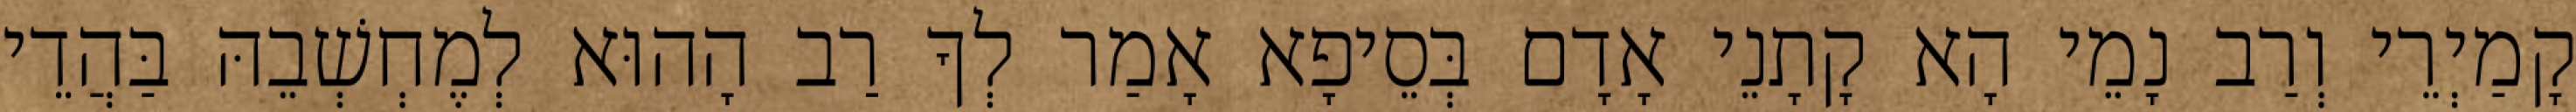
קָמַיְרֵי וְרַב נָמֵי הָא קָתָנֵי אָדָם בְּסֵיפָא אָמַר לְךָ רַב הָהוּא לְמֶחְשְׁבֵהּ בַּהֲדֵי